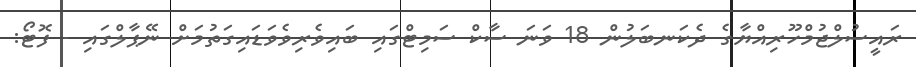
ރައީސުލްޖުމްހޫރިއްޔާގެ ދެކަނބަލުން 18 ވަނަ ސާކް ސަމިޓްގައި ބައިވެރިވެވަޑައިގަތުމަށް ނޭޕާލްގައި - ފޮޓޯ: